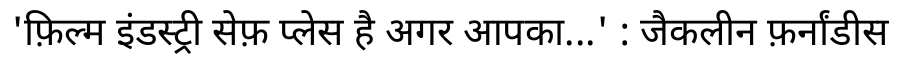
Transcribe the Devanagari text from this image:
'फ़िल्म इंडस्ट्री सेफ़ प्लेस है अगर आपका...' : जैकलीन फ़र्नांडीस